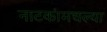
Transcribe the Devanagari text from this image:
नाटकांमधल्या